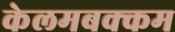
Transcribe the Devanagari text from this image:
केलमबक्कम